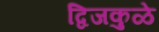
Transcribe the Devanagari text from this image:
द्विजकुळे